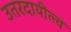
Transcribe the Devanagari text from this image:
उतरदायीत्त्व